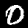
Digit: 0